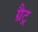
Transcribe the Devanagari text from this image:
ग्रैट्र